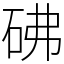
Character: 砩